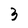
Character: 3